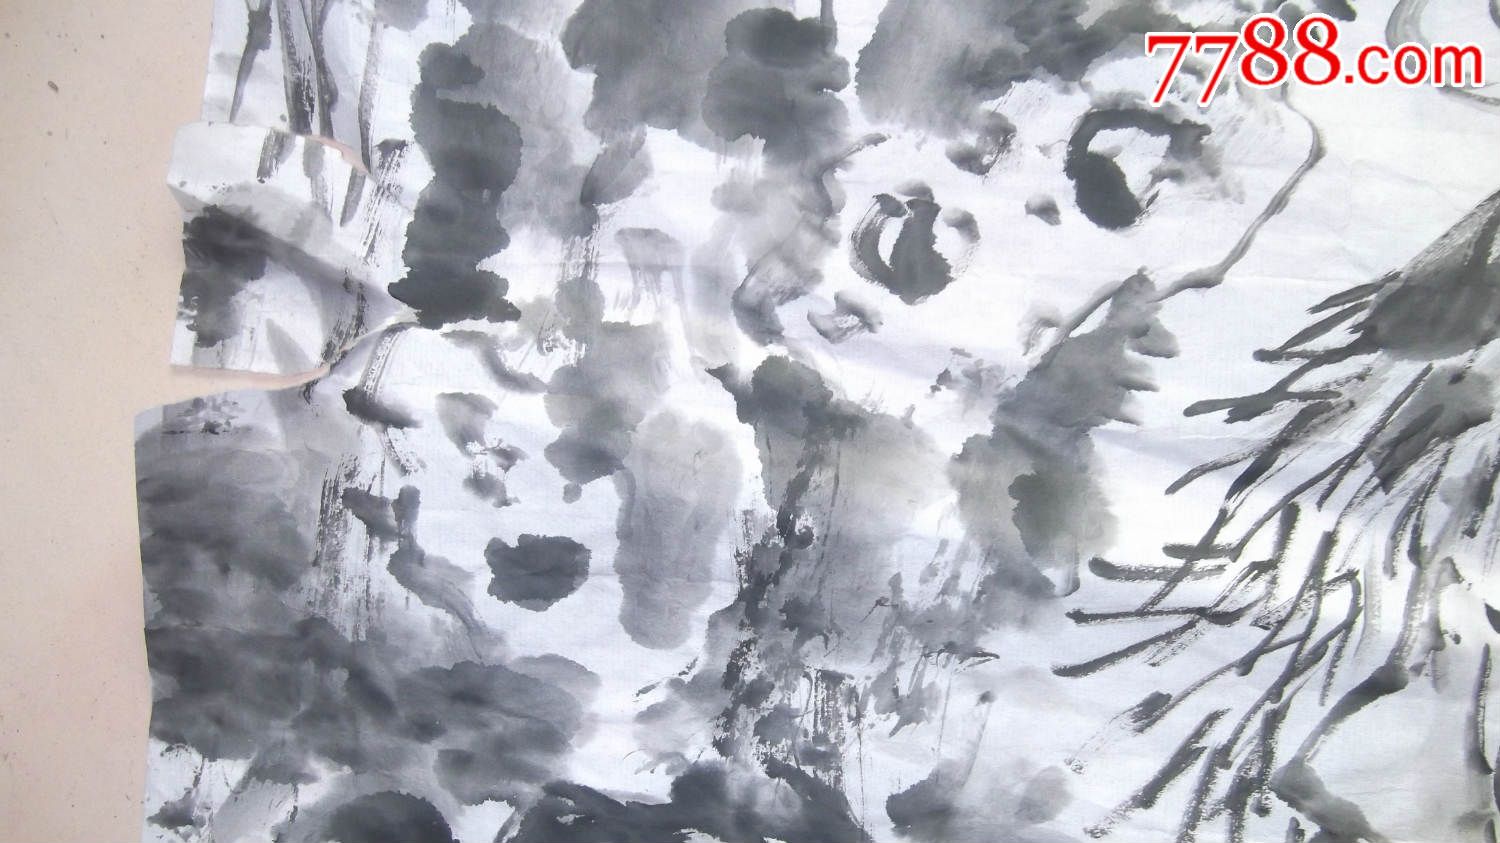
江上雪，独立钓渔翁。